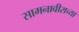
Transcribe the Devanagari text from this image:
सामनावीराच्या